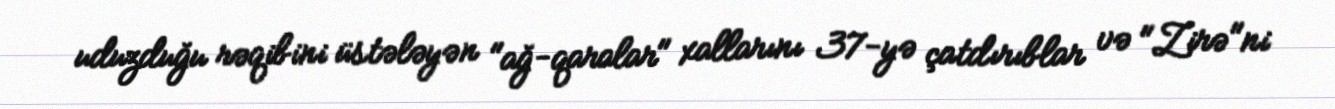
uduzduğu rəqibini üstələyən "ağ-qaralar" xallarını 37-yə çatdırıblar və "Zirə"ni